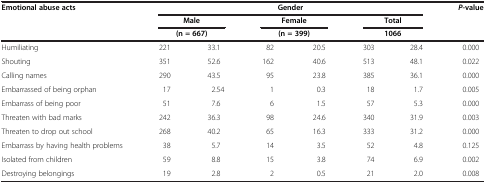
<table><thead><tr><td><b>Emotional abuse acts</b></td><td colspan="6"><b>Gender</b></td><td><b><i>P</i>-value</b></td></tr><tr><td><b> </b></td><td colspan="2"><b>Male</b></td><td colspan="2"><b>Female</b></td><td colspan="2"><b>Total</b></td><td><b> </b></td></tr><tr><td><b> </b></td><td colspan="2"><b>(n = 667)</b></td><td colspan="2"><b>(n = 399)</b></td><td colspan="2"><b>1066</b></td><td><b> </b></td></tr></thead><tbody><tr><td>Humiliating</td><td>221</td><td>33.1</td><td>82</td><td>20.5</td><td>303</td><td>28.4</td><td>0.000</td></tr><tr><td>Shouting</td><td>351</td><td>52.6</td><td>162</td><td>40.6</td><td>513</td><td>48.1</td><td>0.022</td></tr><tr><td>Calling names</td><td>290</td><td>43.5</td><td>95</td><td>23.8</td><td>385</td><td>36.1</td><td>0.000</td></tr><tr><td>Embarrassed of being orphan</td><td>17</td><td>2.54</td><td>1</td><td>0.3</td><td>18</td><td>1.7</td><td>0.005</td></tr><tr><td>Embarrass of being poor</td><td>51</td><td>7.6</td><td>6</td><td>1.5</td><td>57</td><td>5.3</td><td>0.000</td></tr><tr><td>Threaten with bad marks</td><td>242</td><td>36.3</td><td>98</td><td>24.6</td><td>340</td><td>31.9</td><td>0.003</td></tr><tr><td>Threaten to drop out school</td><td>268</td><td>40.2</td><td>65</td><td>16.3</td><td>333</td><td>31.2</td><td>0.000</td></tr><tr><td>Embarrass by having health problems</td><td>38</td><td>5.7</td><td>14</td><td>3.5</td><td>52</td><td>4.8</td><td>0.125</td></tr><tr><td>Isolated from children</td><td>59</td><td>8.8</td><td>15</td><td>3.8</td><td>74</td><td>6.9</td><td>0.002</td></tr><tr><td>Destroying belongings</td><td>19</td><td>2.8</td><td>2</td><td>0.5</td><td>21</td><td>2.0</td><td>0.008</td></tr></tbody></table>